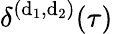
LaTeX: \delta^{(\mathrm{d}_{1},\mathrm{d}_{2})}(\tau)